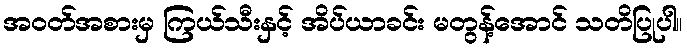
အဝတ်အစားမှ ကြယ်သီးနှင့် အိပ်ယာခင်း မတွန့်အောင် သတိပြုပါ။